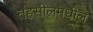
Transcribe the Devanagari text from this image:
तहसीलमधील